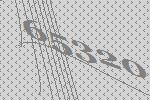
65320